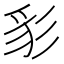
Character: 𰐩